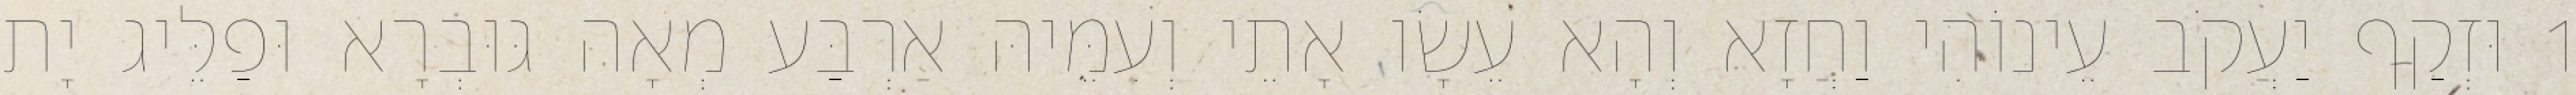
1 וּזְקַף יַעֲקֹב עֵינוֹהִי וַחֲזָא וְהָא עֵשָׂו אָתֵי וְעִמֵּיהּ אַרְבַּע מְאָה גּוּבְרָא וּפַלֵּיג יָת